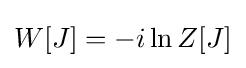
W[J]=-i\ln Z[J]